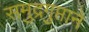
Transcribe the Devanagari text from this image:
समुद्रगुप्ताने